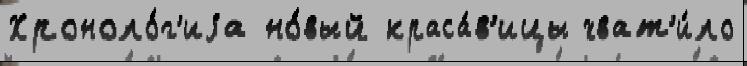
Хроноло́г'иjа но́вый краса́в'ицы хват'и́ло